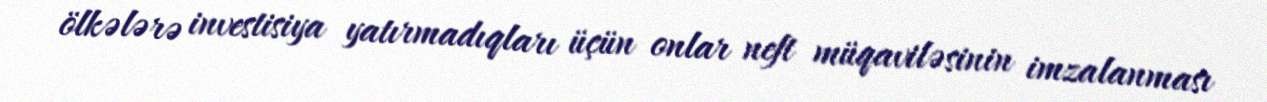
ölkələrə investisiya yatırmadıqları üçün onlar neft müqaviləsinin imzalanması